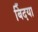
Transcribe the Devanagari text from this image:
बिँदया